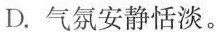
D.气氛安静恬淡。